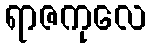
ရာဇကုလေ